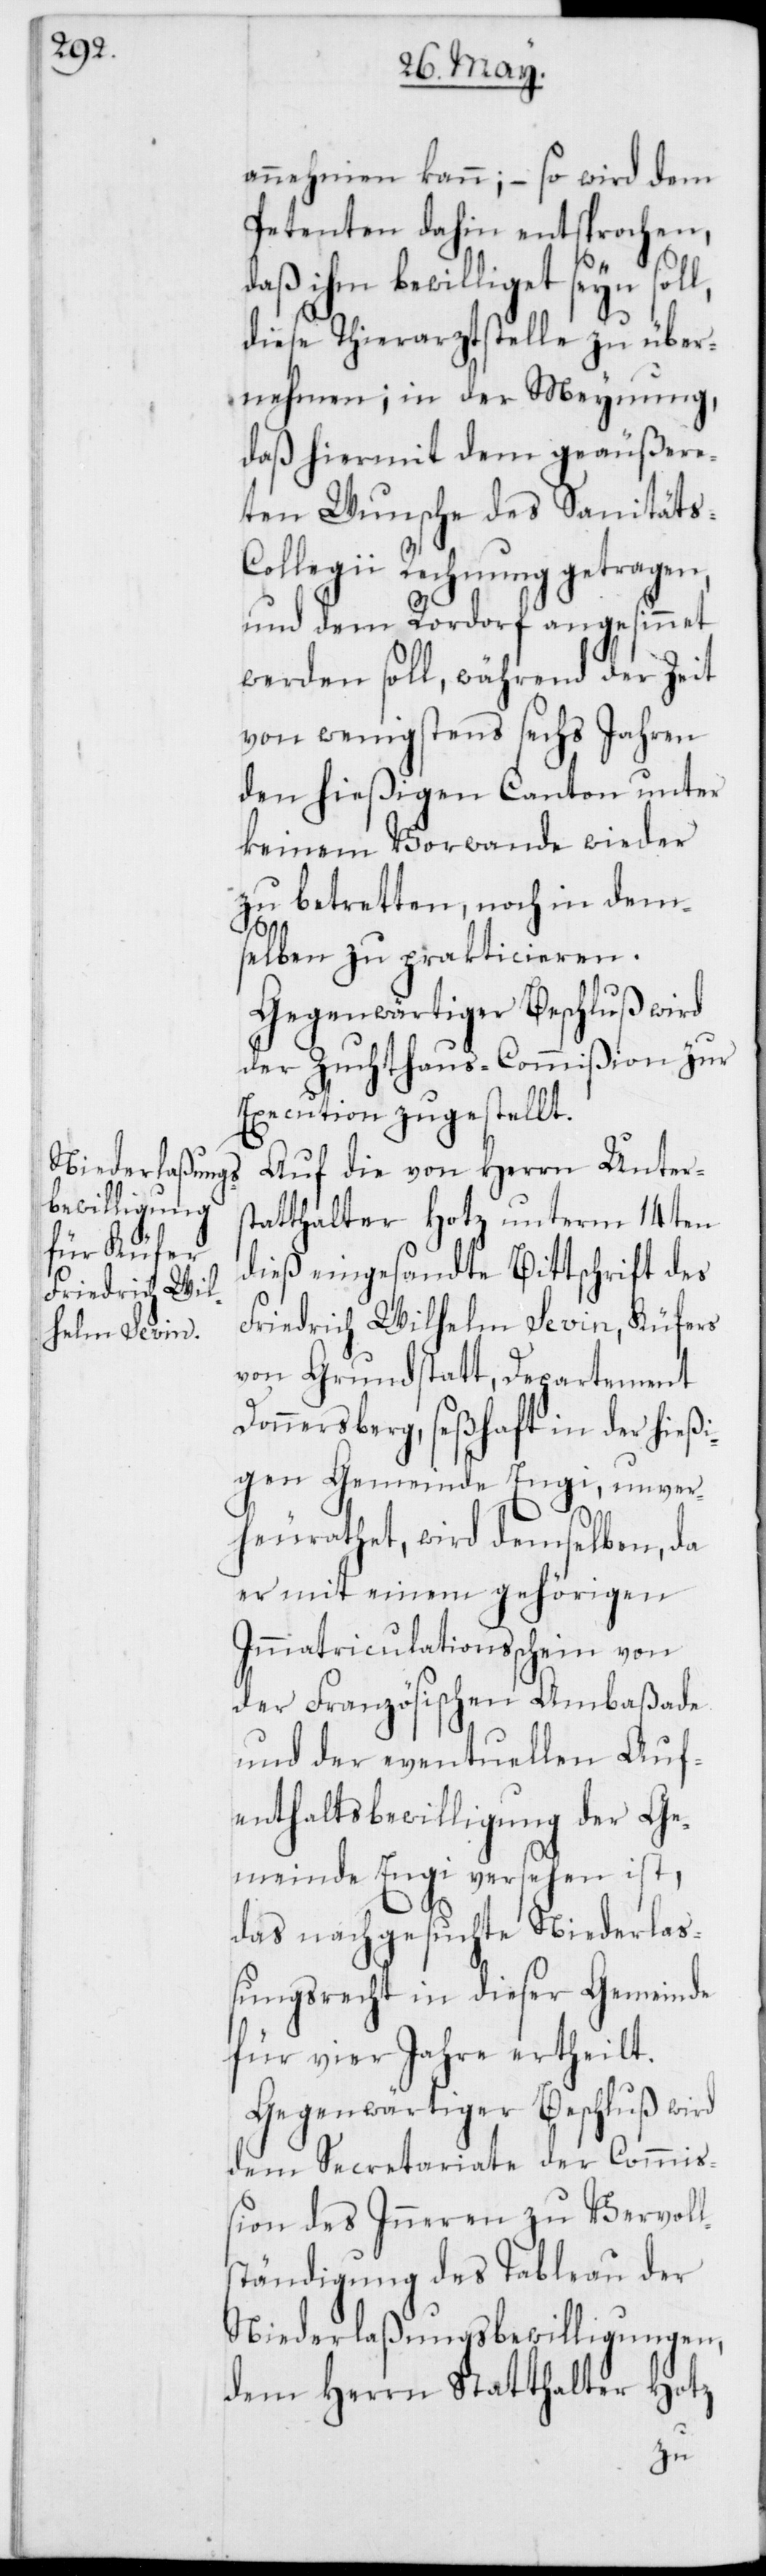
annehmen kann, – so wird dem
Petenten dahin entsprochen,
daß ihm bewilliget seyn soll,
diese Tierarztstelle zu über¬
nehmen; in der Meynung,
daß hiermit dem geäußere¬
ten Wunsche des Sanitäts-C¬
ollegii Rechnung getragen,
und dem Rordorf angesinnet
werden soll, während der Zeit
von wenigstens sechs Jahren
den hießigen Canton unter
keinem Vorwande wieder
zu betretten, noch in dem¬
selben zu prakticieren.
Gegenwärtiger Beschluß wird
der Zuchthaus-Commißion zur
Execution zugestellt.
Auf die von Herrn Unters¬
tatthalter Hotz unterm 14ten
dieß eingesandte Bittschrift des
Friedrich Wilhelm Sevin, Küfers
von Grundstatt, Departement
Donnersberg, seßhaft in der hießi¬
gen Gemeinde Engi, unver¬
heurathet, wird demselben, da
er mit einem gehörigen
Immatriculationsschein von
der Französischen Ambaßade
und der eventuellen Auf¬
enthaltsbewilligung der Ge¬
meinde Engi versehen ist,
das nachgesuchte Niederla¬
ßungsrecht in dieser Gemeinde
für vier Jahre ertheilt.
Gegenwärtiger Beschluß wird
dem Secretariate der Commi¬
ßion des Inneren zu Vervoll¬
ständigung des Tableau der
Niederlaßungsbewilligungen,
dem Herrn Statthalter Hotz